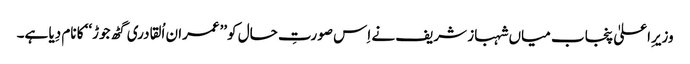
وزیرِاعلیٰ پنجاب میاں شہباز شریف نے اِس صورتِ حال کو’’عمران اُلقادری گٹھ جوڑ‘‘ کا نام دِیا ہے۔